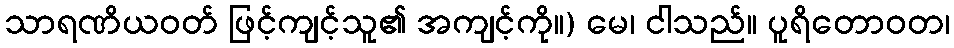
သာရဏိယဝတ် ဖြင့်ကျင့်သူ၏ အကျင့်ကို။) မေ၊ ငါသည်။ ပူရိတောဝတ၊